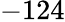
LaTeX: -124